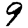
Digit: 9